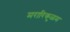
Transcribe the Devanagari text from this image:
मरारिकुळम